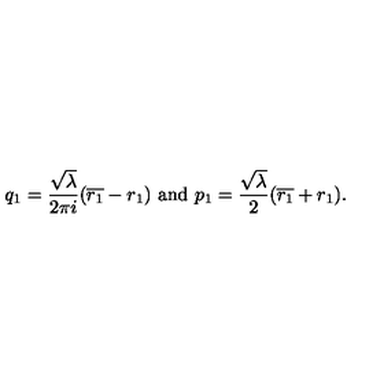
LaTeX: q _ { 1 } = { \frac { \sqrt \lambda } { 2 \pi i } } ( \overline { { r _ { 1 } } } - r _ { 1 } ) \ \mathrm { a n d } \ p _ { 1 } = { \frac { \sqrt { \lambda } } { 2 } } ( \overline { { r _ { 1 } } } + r _ { 1 } ) .